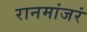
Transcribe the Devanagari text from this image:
रानमांजरं